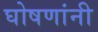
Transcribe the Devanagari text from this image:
घोषणांनी